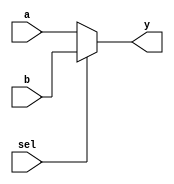
module mux2to1 (
    input wire a,       // Input signal a
    input wire b,       // Input signal b
    input wire sel,     // Selector signal
    output reg y        // Output signal y
);

    // Always block to describe combinational logic
    always @(*) begin
        // Procedural assignment using `=` for immediate assignment
        if (sel) begin
            y = b;       // If sel is 1, assign b to y
        end else begin
            y = a;       // If sel is 0, assign a to y
        end
    end

endmodule